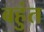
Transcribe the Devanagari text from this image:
बहुंत